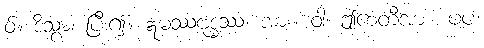
ဝ်။ ဒိသွာ၊ ပြီး၍။ ဣမဿဗုဒ္ဓဿ၊ အား။ ဝါ၊ ဤစေတီအား။ ပပ၊